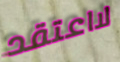
لااعتقد